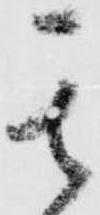
其